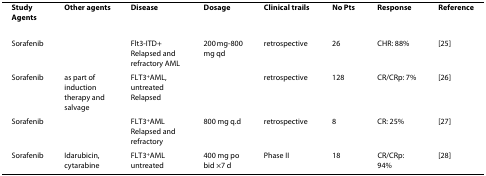
<table><thead><tr><td><b>Study Agents</b></td><td><b>Other agents</b></td><td><b>Disease</b></td><td><b>Dosage</b></td><td><b>Clinical trails</b></td><td><b>No Pts</b></td><td><b>Response</b></td><td><b>Reference</b></td></tr></thead><tbody><tr><td>Sorafenib</td><td></td><td>Flt3-ITD+ Relapsed and refractory AML</td><td>200 mg-800 mg qd</td><td>retrospective</td><td>26</td><td>CHR: 88%</td><td>[25]</td></tr><tr><td>Sorafenib</td><td>as part of induction therapy and salvage</td><td>FLT3<sup>+</sup>AML, untreated Relapsed</td><td></td><td>retrospective</td><td>128</td><td>CR/CRp: 7%</td><td>[26]</td></tr><tr><td>Sorafenib</td><td></td><td>FLT3<sup>+</sup>AMLRelapsed and refractory</td><td>800 mg q.d</td><td>retrospective</td><td>8</td><td>CR: 25%</td><td>[27]</td></tr><tr><td>Sorafenib</td><td>Idarubicin, cytarabine</td><td>FLT3<sup>+</sup>AML untreated</td><td>400 mg po bid ×7 d</td><td>Phase II</td><td>18</td><td>CR/CRp: 94%</td><td>[28]</td></tr></tbody></table>